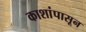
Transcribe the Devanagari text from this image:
काशांपासून